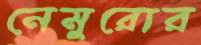
নেমুরোর